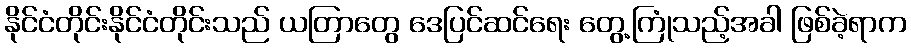
နိုင်ငံတိုင်းနိုင်ငံတိုင်းသည် ယတြာတွေ ဒေပြင်ဆင်ရေး တွေ့ကြုံသည့်အခါ ဖြစ်ခဲ့ရာက